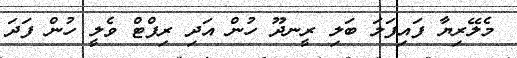
މެލޭރިޔާ ފައިފަލަ ބަލި ރީނދޫ ހުން އަދި ރިފްޓް ވެލީ ހުން ފަދަ